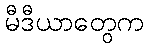
မီဒီယာတွေက